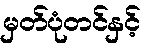
မှတ်ပုံတင်နှင့်